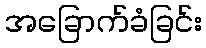
အခြောက်ခံခြင်း